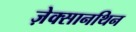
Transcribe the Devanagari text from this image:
ज़ेक्सानथिन